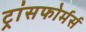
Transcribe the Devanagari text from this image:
ट्रांसफोर्मर्स